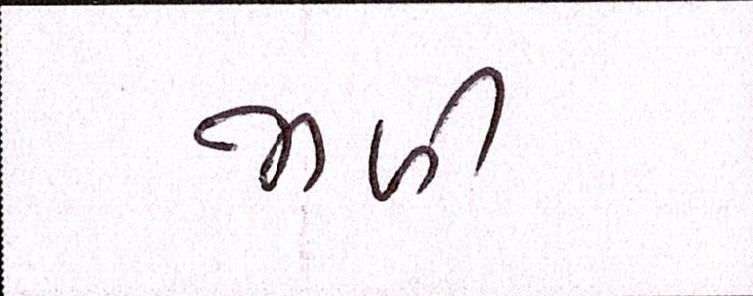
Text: જાળી